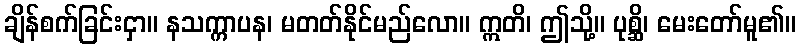
ချိန်စက်ခြင်းငှာ။ နသက္ကာပန၊ မတတ်နိုင်မည်လော။ ဣတိ၊ ဤသို့။ ပုစ္ဆိ၊ မေးတော်မူ၏။